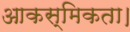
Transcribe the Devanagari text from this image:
आकस्मिकता।